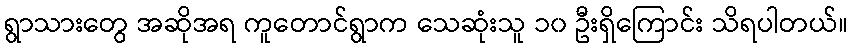
ရွာသားတွေ အဆိုအရ ကူတောင်ရွာက သေဆုံးသူ ၁၀ ဦးရှိကြောင်း သိရပါတယ်။